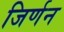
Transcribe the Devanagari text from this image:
जिर्णन